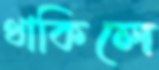
থাকিলে